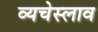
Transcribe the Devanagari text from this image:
व्यचेस्लाव